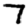
Digit: 7